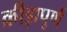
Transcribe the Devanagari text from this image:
क्रीड़ापूर्ण